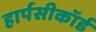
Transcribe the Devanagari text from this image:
हार्पसीकॉर्ड